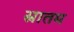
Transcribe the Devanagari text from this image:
स्नातम